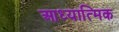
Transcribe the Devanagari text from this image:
आध्‍यात्मिक